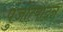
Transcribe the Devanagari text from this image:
पुंजोत्पादन